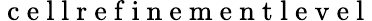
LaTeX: \mathrm{~c~e~l~l~r~e~f~i~n~e~m~e~n~t~l~e~v~e~l~}